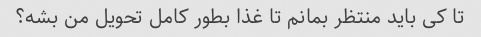
تا کی باید منتظر بمانم تا غذا بطور کامل تحویل من بشه؟